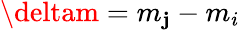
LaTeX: \deltam=m_{\mathbf{j}}-m_{i}